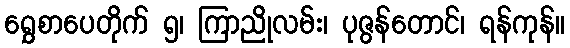
ရွှေစာပေတိုက် ၅၊ ကြာညိုလမ်း၊ ပုဇွန်တောင်၊ ရန်ကုန်။